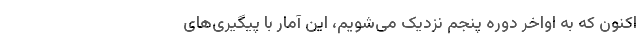
اکنون که به اواخر دوره پنجم نزدیک می‌شویم، این آمار با پیگیری‌های